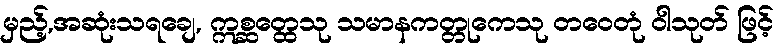
မှည့်,အဆုံးသရချေ, ဣစ္ဆတ္ထေသု သမာနကတ္တုကေသု တဝေတုံ ဝါသုတ် ဖြင့်